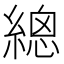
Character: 𦃞